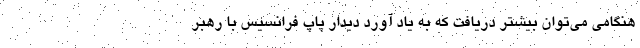
هنگامی می‌توان بیشتر دریافت که به یاد آورد دیدار پاپ فرانسیس با رهبر